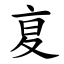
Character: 㚆